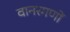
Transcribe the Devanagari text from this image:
वानरगणों